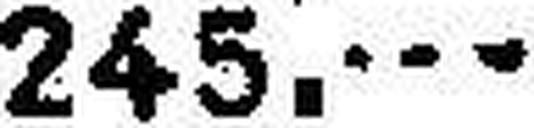
245.—